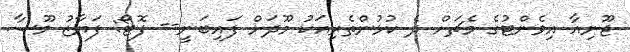
ޖޫނިއާ އިވެންޓުގެ މެޗަށް ދެ ކުޅުންތެރިއަކު މޫދަށް ފައިބަނީ-- ފޮޓޯ: ފަޔާޒު މޫސާ